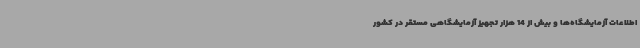
اطلاعات آزمایشگاه‌ها و بیش از 14 هزار تجهیز آزمایشگاهی مستقر در کشور